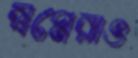
স্বপ্নেরাও